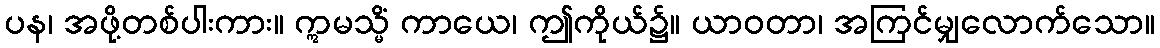
ပန၊ အဖို့တစ်ပါးကား။ ဣမသ္မိံ ကာယေ၊ ဤကိုယ်၌။ ယာဝတာ၊ အကြင်မျှလောက်သော။